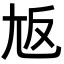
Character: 𡯘